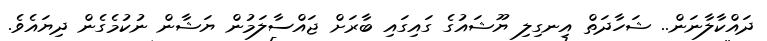
ދައްކާލާނަން.. ޝަހާދަތް އިނގިލި ޔޫޝައުގެ ގައިގައި ބާރަށް ޖައްސާލަމުން ޔަޝާން ނުކުމެގެން ދިޔައެވެ.